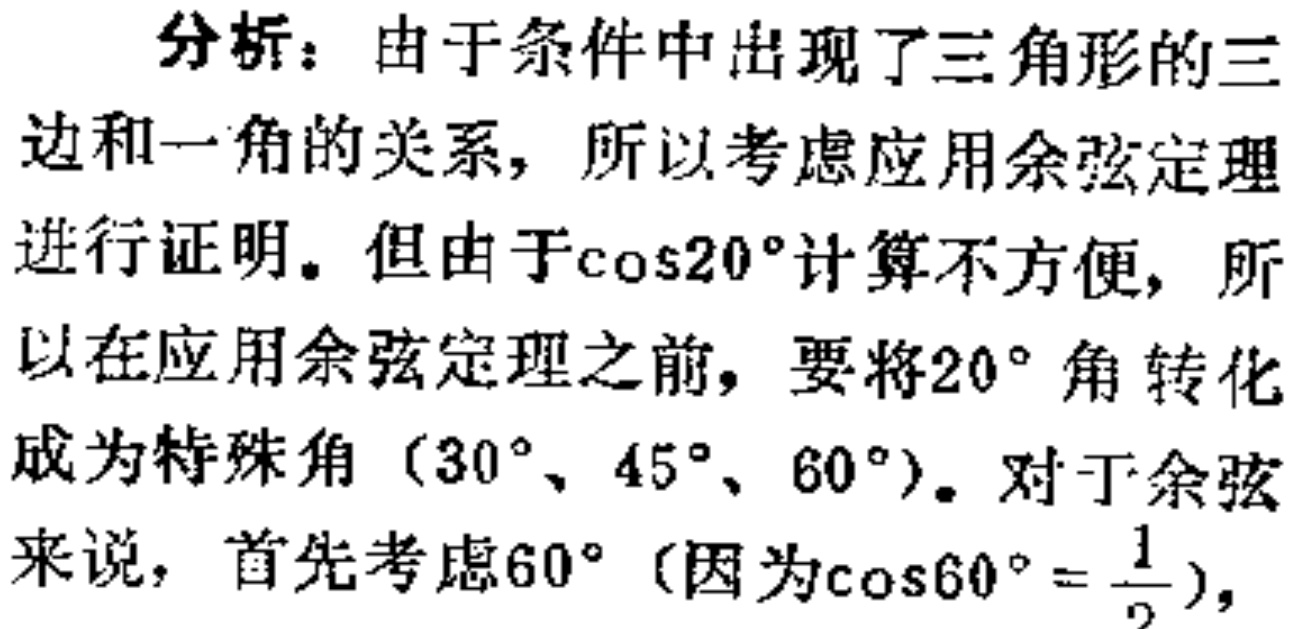
分析：由于条件中出现了三角形的三边和一角的关系，所以考虑应用余弦定理进行证明。但由于\(\cos20^{\circ}\)计算不方便，所以在应用余弦定理之前，要将\(20^{\circ}\)角转化成为特殊角（\(30^{\circ}\)、\(45^{\circ}\)、\(60^{\circ}\)）。对于余弦来说，首先考虑\(60^{\circ}\)（因为\(\cos60^{\circ}=\frac{1}{2}\)），